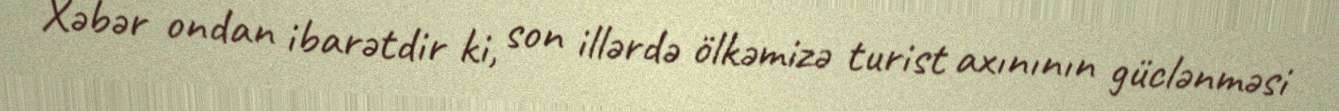
Xəbər ondan ibarətdir ki, son illərdə ölkəmizə turist axınının güclənməsi